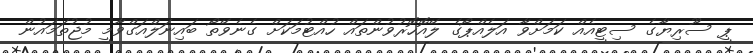
ޕީ ސޫރިޔާގެ ސިޓީއެއް ކަމަށްވާ އަލެއްޕޯގެ ލޭއޮހޮރުވުންތައް ހުއްޓުމަކަށް ގެނެވޭތޯ ބައިނަލްއަގްވާމީ މުޖުތަމައުން